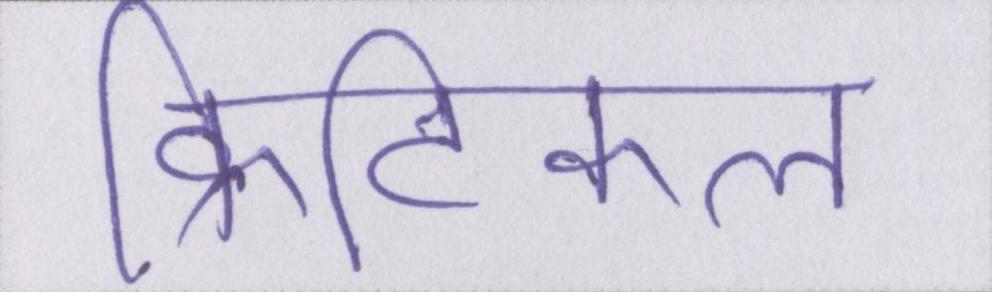
क्रिटिकल